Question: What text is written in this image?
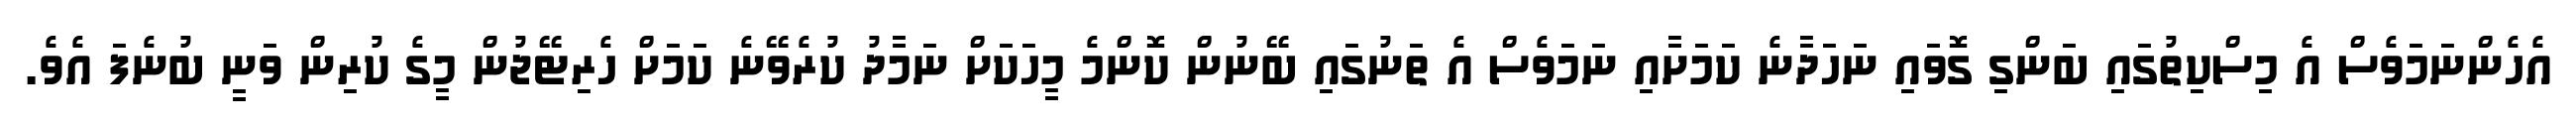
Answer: އެހެންނަމަވެސް އެ މިސްކިތުގައި ބަންގި ގޮވައި ނަހަދާނެ ކަމަށާއި ނަމަވެސް އެ ތަނުގައި ބޭނުން ކޮންމެ މީހަކަށް ނަމާދު ކުރެވޭނެ ކަމަށް ހެރިޓޭޖުން މީގެ ކުރިން ވަނީ ބުނެފަ އެވެ.